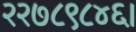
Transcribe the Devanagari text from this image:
२२७८९८४६।